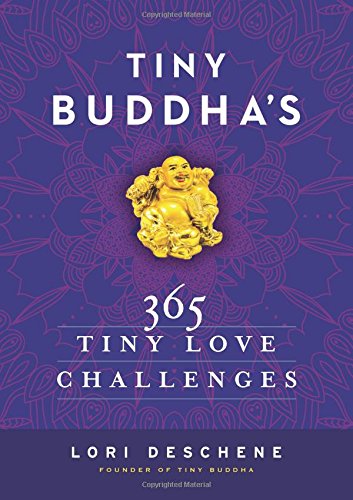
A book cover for Tiny Buddha's 365 Tiny Love Challenges; Lori Deschene; Self-Help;